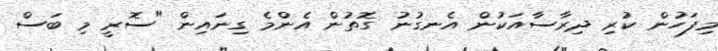
މިފަހުން ކުރި ދިރާސާއަކުން އެނގުނު ގޮތުން އެންމެ ގިނައިން "ސޮރީ މި ބަސް